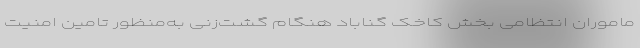
ماموران انتظامی بخش کاخک گناباد هنگام گشت‌زنی به‌منظور تامین امنیت